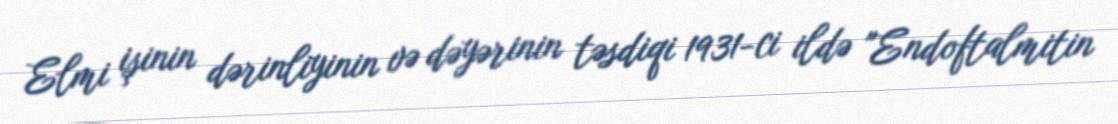
Elmi işinin dərinliyinin və dəyərinin təsdiqi 1931-ci ildə "Endoftalmitin